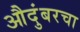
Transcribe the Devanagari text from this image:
औदुंबरचा